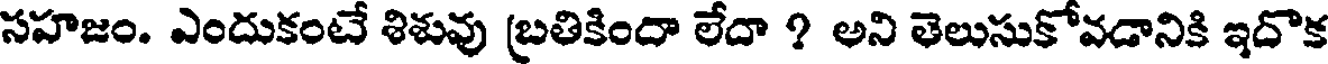
సహజం. ఎందుకంటే శిశువు బ్రతికిందా లేదా ? అని తెలుసుకోవడానికి ఇదొక